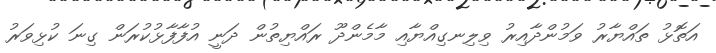
އަތޮޅު ތައްޔާރު ވަމުންދާއިރު ވިލިނގިއްޔާއި މާމެންދޫ ރައްޔިތުން ދަނީ އުފާފާޅުކުރަން ގިނަ ކުޅިވަރު